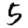
Digit: 5